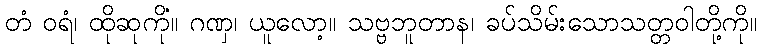
တံ ဝရံ၊ ထိုဆုကို။ ဂဏှ၊ ယူလော့။ သဗ္ဗဘူတာနံ၊ ခပ်သိမ်းသောသတ္တဝါတို့ကို။